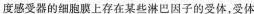
度感受器的细胞膜上存在某些淋巴因子的受体，受体